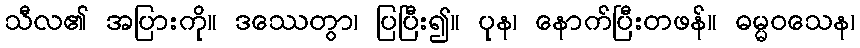
သီလ၏ အပြားကို။ ဒဿေတွာ၊ ပြပြီး၍။ ပုန၊ နောက်ပြီးတဖန်။ ဓမ္မဝသေန၊